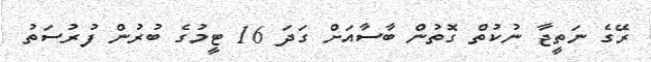
ރޭގެ ނަތީޖާ ނުކުތް ގޮތުން ބާސާއަށް ގަދަ 16 ޓީމުގެ ބުރުން ފުރުސަތު